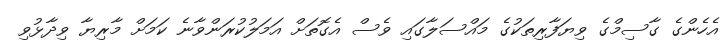
އެހެންގެ ގާސިމްގެ ވިޔަފާރިތަކުގެ މައްސަލާގައި ވެސް އެގޮތަށް އަމަލުކުރަންވާނެ ކަމަށް މާރިޔާ ވިދާޅުވި